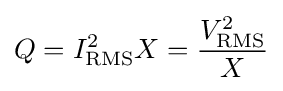
Q=I_{\mathrm {RMS} }^{2}X={\frac {V_{\mathrm {RMS} }^{2}}{X}}